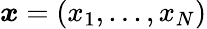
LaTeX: {\boldsymbol x}=(x_{1},...,x_{N})